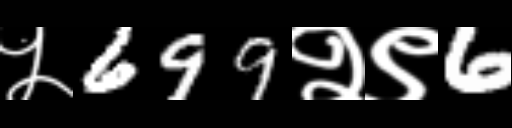
Text: ५699२९6